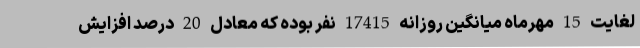
لغایت 15 مهرماه میانگین روزانه 17415 نفر بوده که معادل 20 درصد افزایش